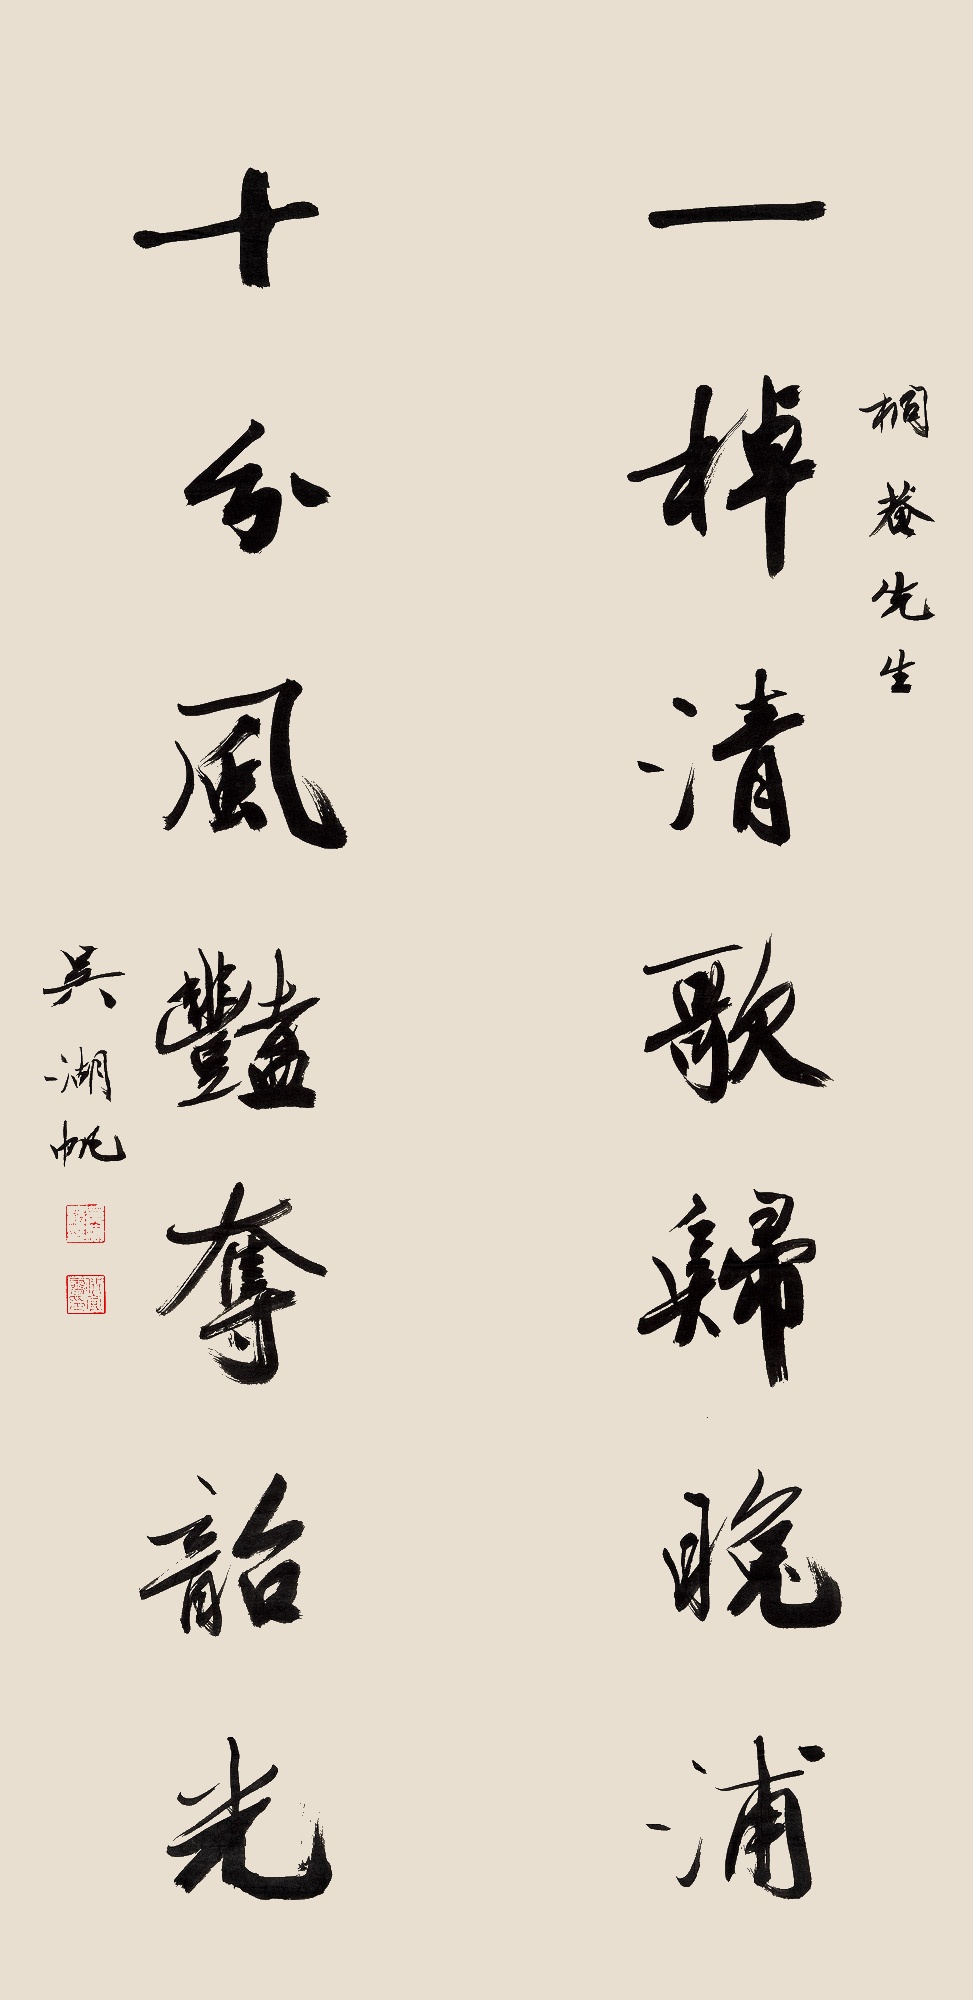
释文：一棹清歌归晚浦，十分风艳夺韶光桐庵先生。吴湖帆。